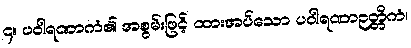
၄။ ပဝါရဏာကံ၏ အစွမ်းဖြင့် ထားအပ်သော ပဝါရဏာဉတ္တိကံ၊